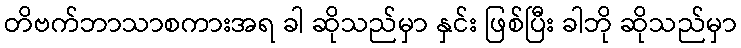
တိဗက်ဘာသာစကားအရ ခါ ဆိုသည်မှာ နှင်း ဖြစ်ပြီး ခါဘို ဆိုသည်မှာ